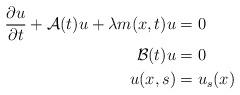
LaTeX: \begin{align*} \begin{aligned} \frac{\partial u}{\partial t}+\mathcal A(t)u+\lambda m(x,t)u &=0 &&\\ \mathcal B(t)u&=0 &&\\ u(x,s)&=u_s(x)&& \end{aligned}\end{align*}